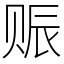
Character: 赈